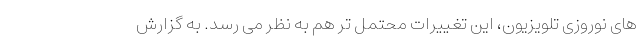
های نوروزی تلویزیون، این تغییرات محتمل تر هم به نظر می رسد. به گزارش